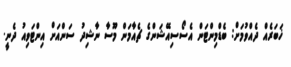
ޚަބަރެއް ދެއްވުމަށް: ބެޑްމިންޓަން އެސޯސިއޭޝަންގެ ޗެއާމަން މޫސާ ނާޝިދު ސަންއަށް އިންޓަވިއު ދެނީ.